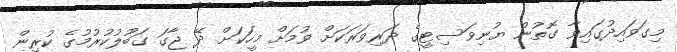
މިގަވައިދުގައިވާ ގޮތުން ޔުނިވަސިޓީގެ ދަރިވަރަކަށް ވުމަށް މީހަކަށް ދޭ ޖާގަ ގަބޫލުކުރުމުގެ ކުރިން